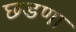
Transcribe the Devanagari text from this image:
छडणा